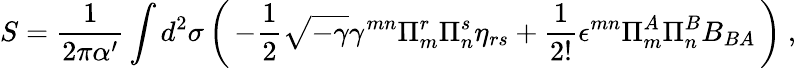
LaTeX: S=\frac{1}{2\pi\alpha^{\prime}}\int d^{2}\sigma\left(\, -\frac{1}{2}\sqrt{-\gamma}\gamma^{mn}\Pi_{m}^{r}\Pi_{n}^{s}\eta_{rs}+\frac{1}{2!}\epsilon^{mn}\Pi_{m}^{A}\Pi_{n}^{B}B_{BA}\, \right)~,